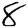
Digit: 8